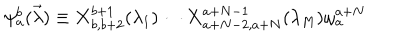
\psi _ { a } ^ { b } ( \vec { \lambda } ) \equiv { \bf X } _ { b , b + 2 } ^ { b + 1 } ( \lambda _ { 1 } ) \cdots { \bf X } _ { a + N - 2 , a + N } ^ { a + N - 1 } ( \lambda _ { M } ) \omega _ { a } ^ { a + N }